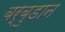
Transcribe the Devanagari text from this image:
बर्बुडान